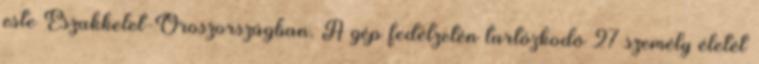
este Északkelet-Oroszországban. A gép fedélzetén tartózkodó 27 személy életét